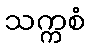
သက္ကစံ